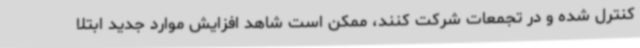
کنترل شده و در تجمعات شرکت کنند، ممکن است شاهد افزایش موارد جدید ابتلا